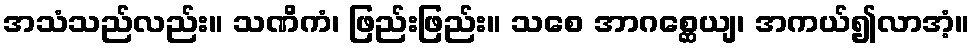
အသံသည်လည်း။ သဏိကံ၊ ဖြည်းဖြည်း။ သစေ အာဂစ္ဆေယျ၊ အကယ်၍လာအံ့။